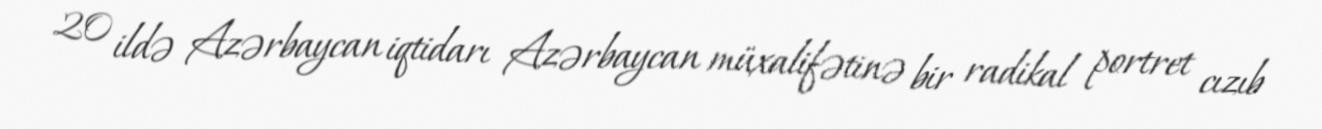
20 ildə Azərbaycan iqtidarı Azərbaycan müxalifətinə bir radikal portret cızıb